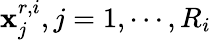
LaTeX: \mathbf{x}_{j}^{r,i},j=1,\cdots,R_{i}